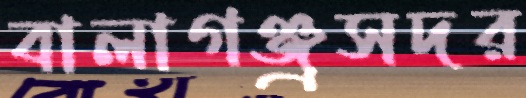
বালাগঞ্জ্রসদর